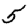
Digit: 5